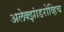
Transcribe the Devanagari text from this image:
अलेक्झांडरोव्हिच